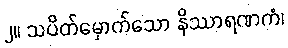
၂။ သပိတ်မှောက်သော နိဿာရဏကံ၊